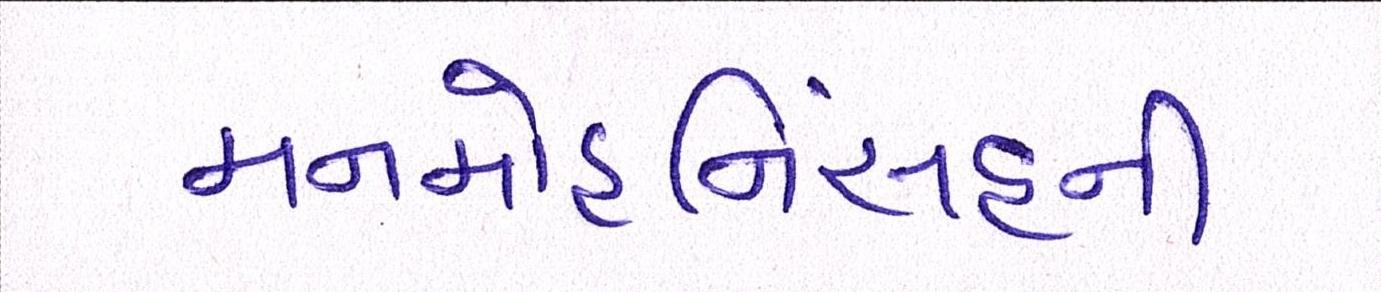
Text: મનમોહનિંસહની